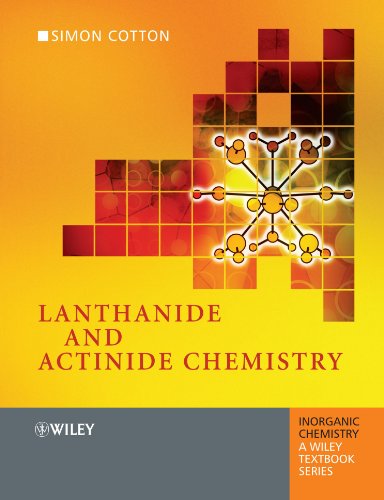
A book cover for Lanthanide and Actinide Chemistry; Simon Cotton; Science & Math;